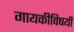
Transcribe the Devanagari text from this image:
गायकीविषयी